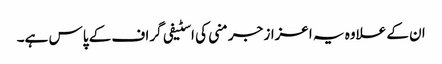
ان کے علاوہ یہ اعزاز جرمنی کی اسٹیفی گراف کے پاس ہے۔